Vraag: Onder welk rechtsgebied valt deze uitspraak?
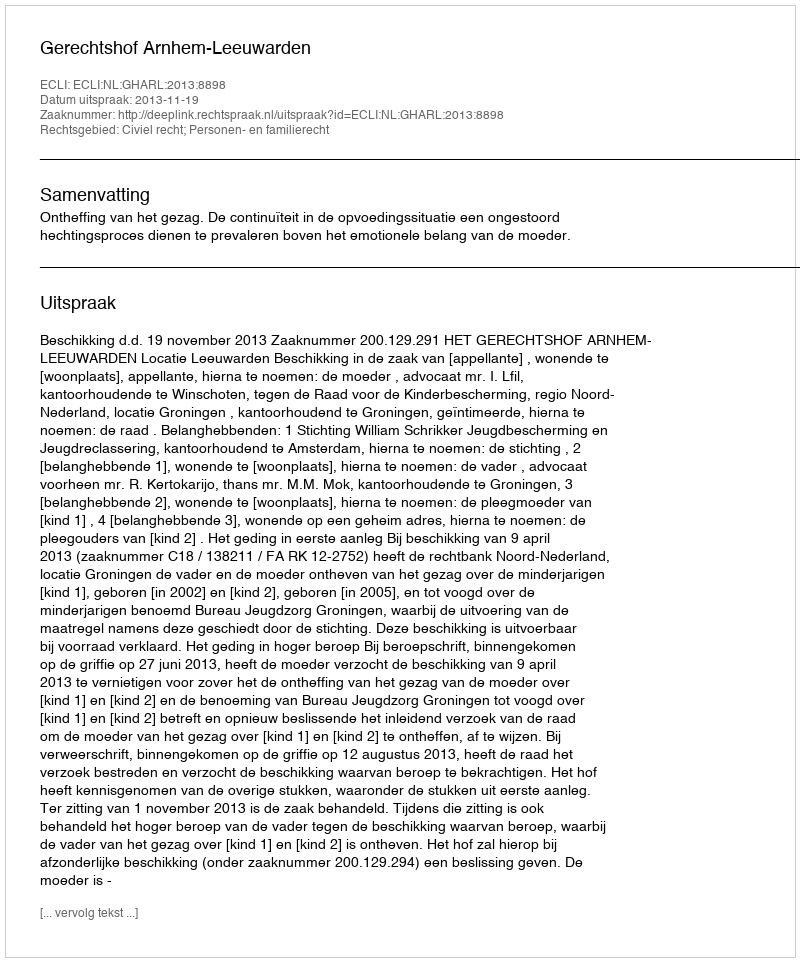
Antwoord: Civiel recht; Personen- en familierecht